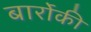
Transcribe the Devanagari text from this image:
बार्रोकी